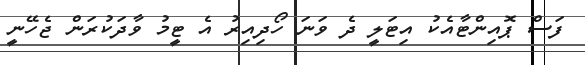
ފަސް ޕޮއިންޓާއެކު އިޓަލީ ދެ ވަނަ ހޯދިއިރު އެ ޓީމު ވާދަކުރަން ޖެހޭނީ